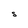
Character: S